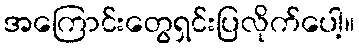
အကြောင်းတွေရှင်းပြလိုက်ပေါ့။